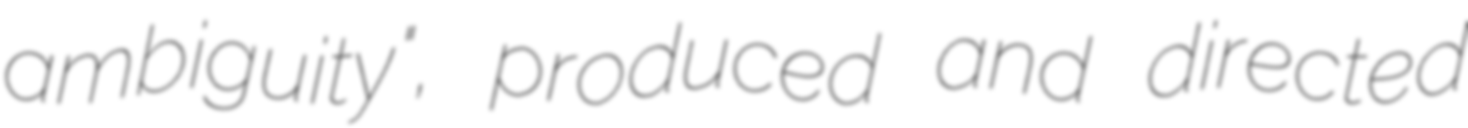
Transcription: ambiguity", produced and directed